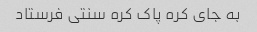
به جای کره پاک کره سنتی فرستاد